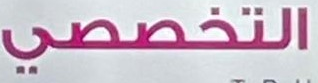
التخصصي